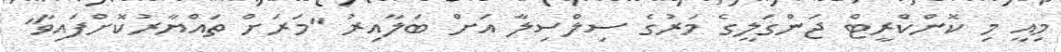
މިއީ މި ކޮންކްރީޓް ޖަންގަލީގެ މަރުގެ ސިލްސިލާ އަށް ބަލާއިރު "މަރަށް ތައްޔާރުކޮށްފައިވާ"